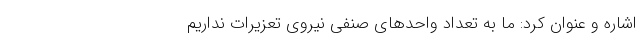
اشاره و عنوان کرد: ما به تعداد واحدهای صنفی نیروی تعزیرات نداریم